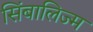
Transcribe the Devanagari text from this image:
सिंबालिज्म